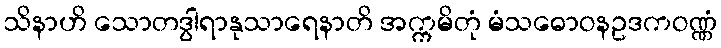
သိနာဟိ သောတဒွါရာနုသာရေနာတိ အက္ကမိတုံ မံသဓောဝနဥဒကဝဏ္ဏံ